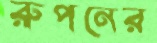
রুপনের